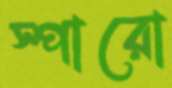
স্পারো